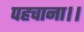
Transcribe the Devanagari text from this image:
पहचाना।।